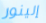
إلينور